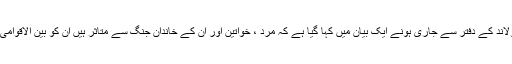
فرانس کے صدر فرانسو اولاند کے دفتر سے جاری ہونے ایک بیان میں کہا گیا ہے کہ مرد ، خواتین اور ان کے خاندان جنگ سے متاثر ہیں ان کو بین الاقوامی حفاظت کی ضرورت ہے۔